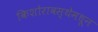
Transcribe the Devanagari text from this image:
किशोरावस्थेमधून